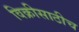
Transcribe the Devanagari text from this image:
विक्रीसाठीच